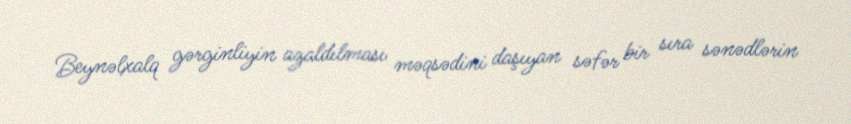
Beynəlxalq gərginliyin azaldılması məqsədini daşıyan səfər bir sıra sənədlərin